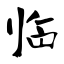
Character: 临